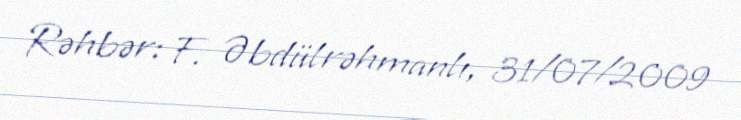
Rəhbər: F. Əbdülrəhmanlı, 31/07/2009